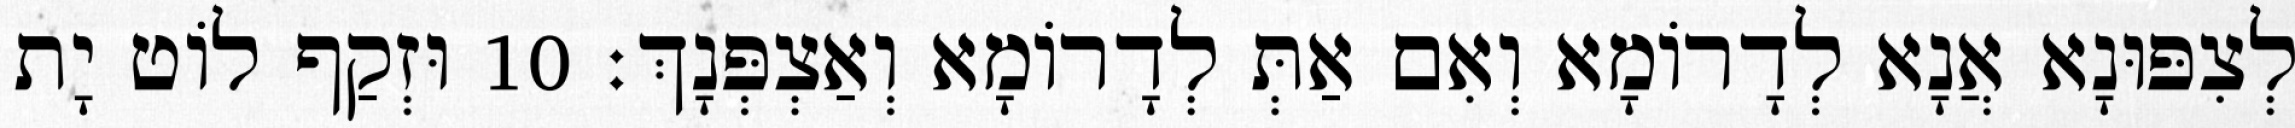
לְצִפּוּנָא אֲנָא לְדָרוֹמָא וְאִם אַתְּ לְדָרוֹמָא וְאַצְפְּנָךְ׃ 10 וּזְקַף לוֹט יָת